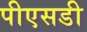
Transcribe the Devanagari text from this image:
पीएसडी